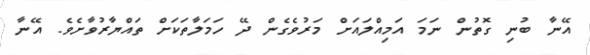
އޭނާ ބުނި ގޮތުން ނަމަ އަމިއްލައަށް މަރުވެގެން ދޭ ހަމަލާތަކަށް ތައްޔާރުވާށެވެ. އޭނާ